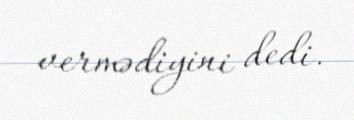
vermədiyini dedi.